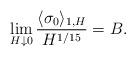
LaTeX: \begin{align*}\lim_{H\downarrow 0}\frac{\langle \sigma_0\rangle_{1,H}}{H^{1/15}}=B.\end{align*}